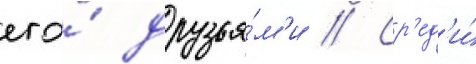
его́ друзья́м'и // Ср'ед'и́